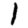
Digit: 1